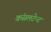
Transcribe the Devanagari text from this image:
कंसलटेन्ट